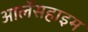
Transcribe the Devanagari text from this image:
आर्लेसहाइम